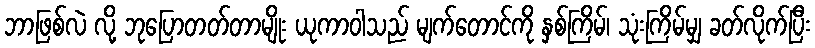
ဘာဖြစ်လဲ လို့ ဘုပြောတတ်တာမျိုး ယုကာဝါသည် မျက်တောင်ကို နှစ်ကြိမ်၊ သုံးကြိမ်မျှ ခတ်လိုက်ပြီး